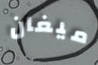
ميغان